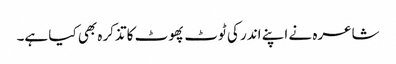
شاعرہ نے اپنے اندر کی ٹوٹ پھوٹ کا تذکرہ بھی کیا ہے۔